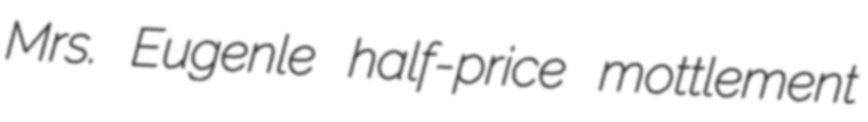
Mrs. Eugenle half-price mottlement